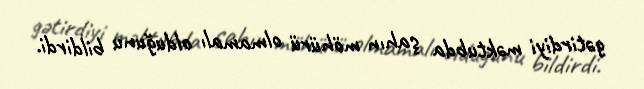
gətirdiyi məktubda şahın möhürü olmamalı olduğunu bildirdi.